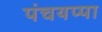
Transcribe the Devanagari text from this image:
पंचयप्पा